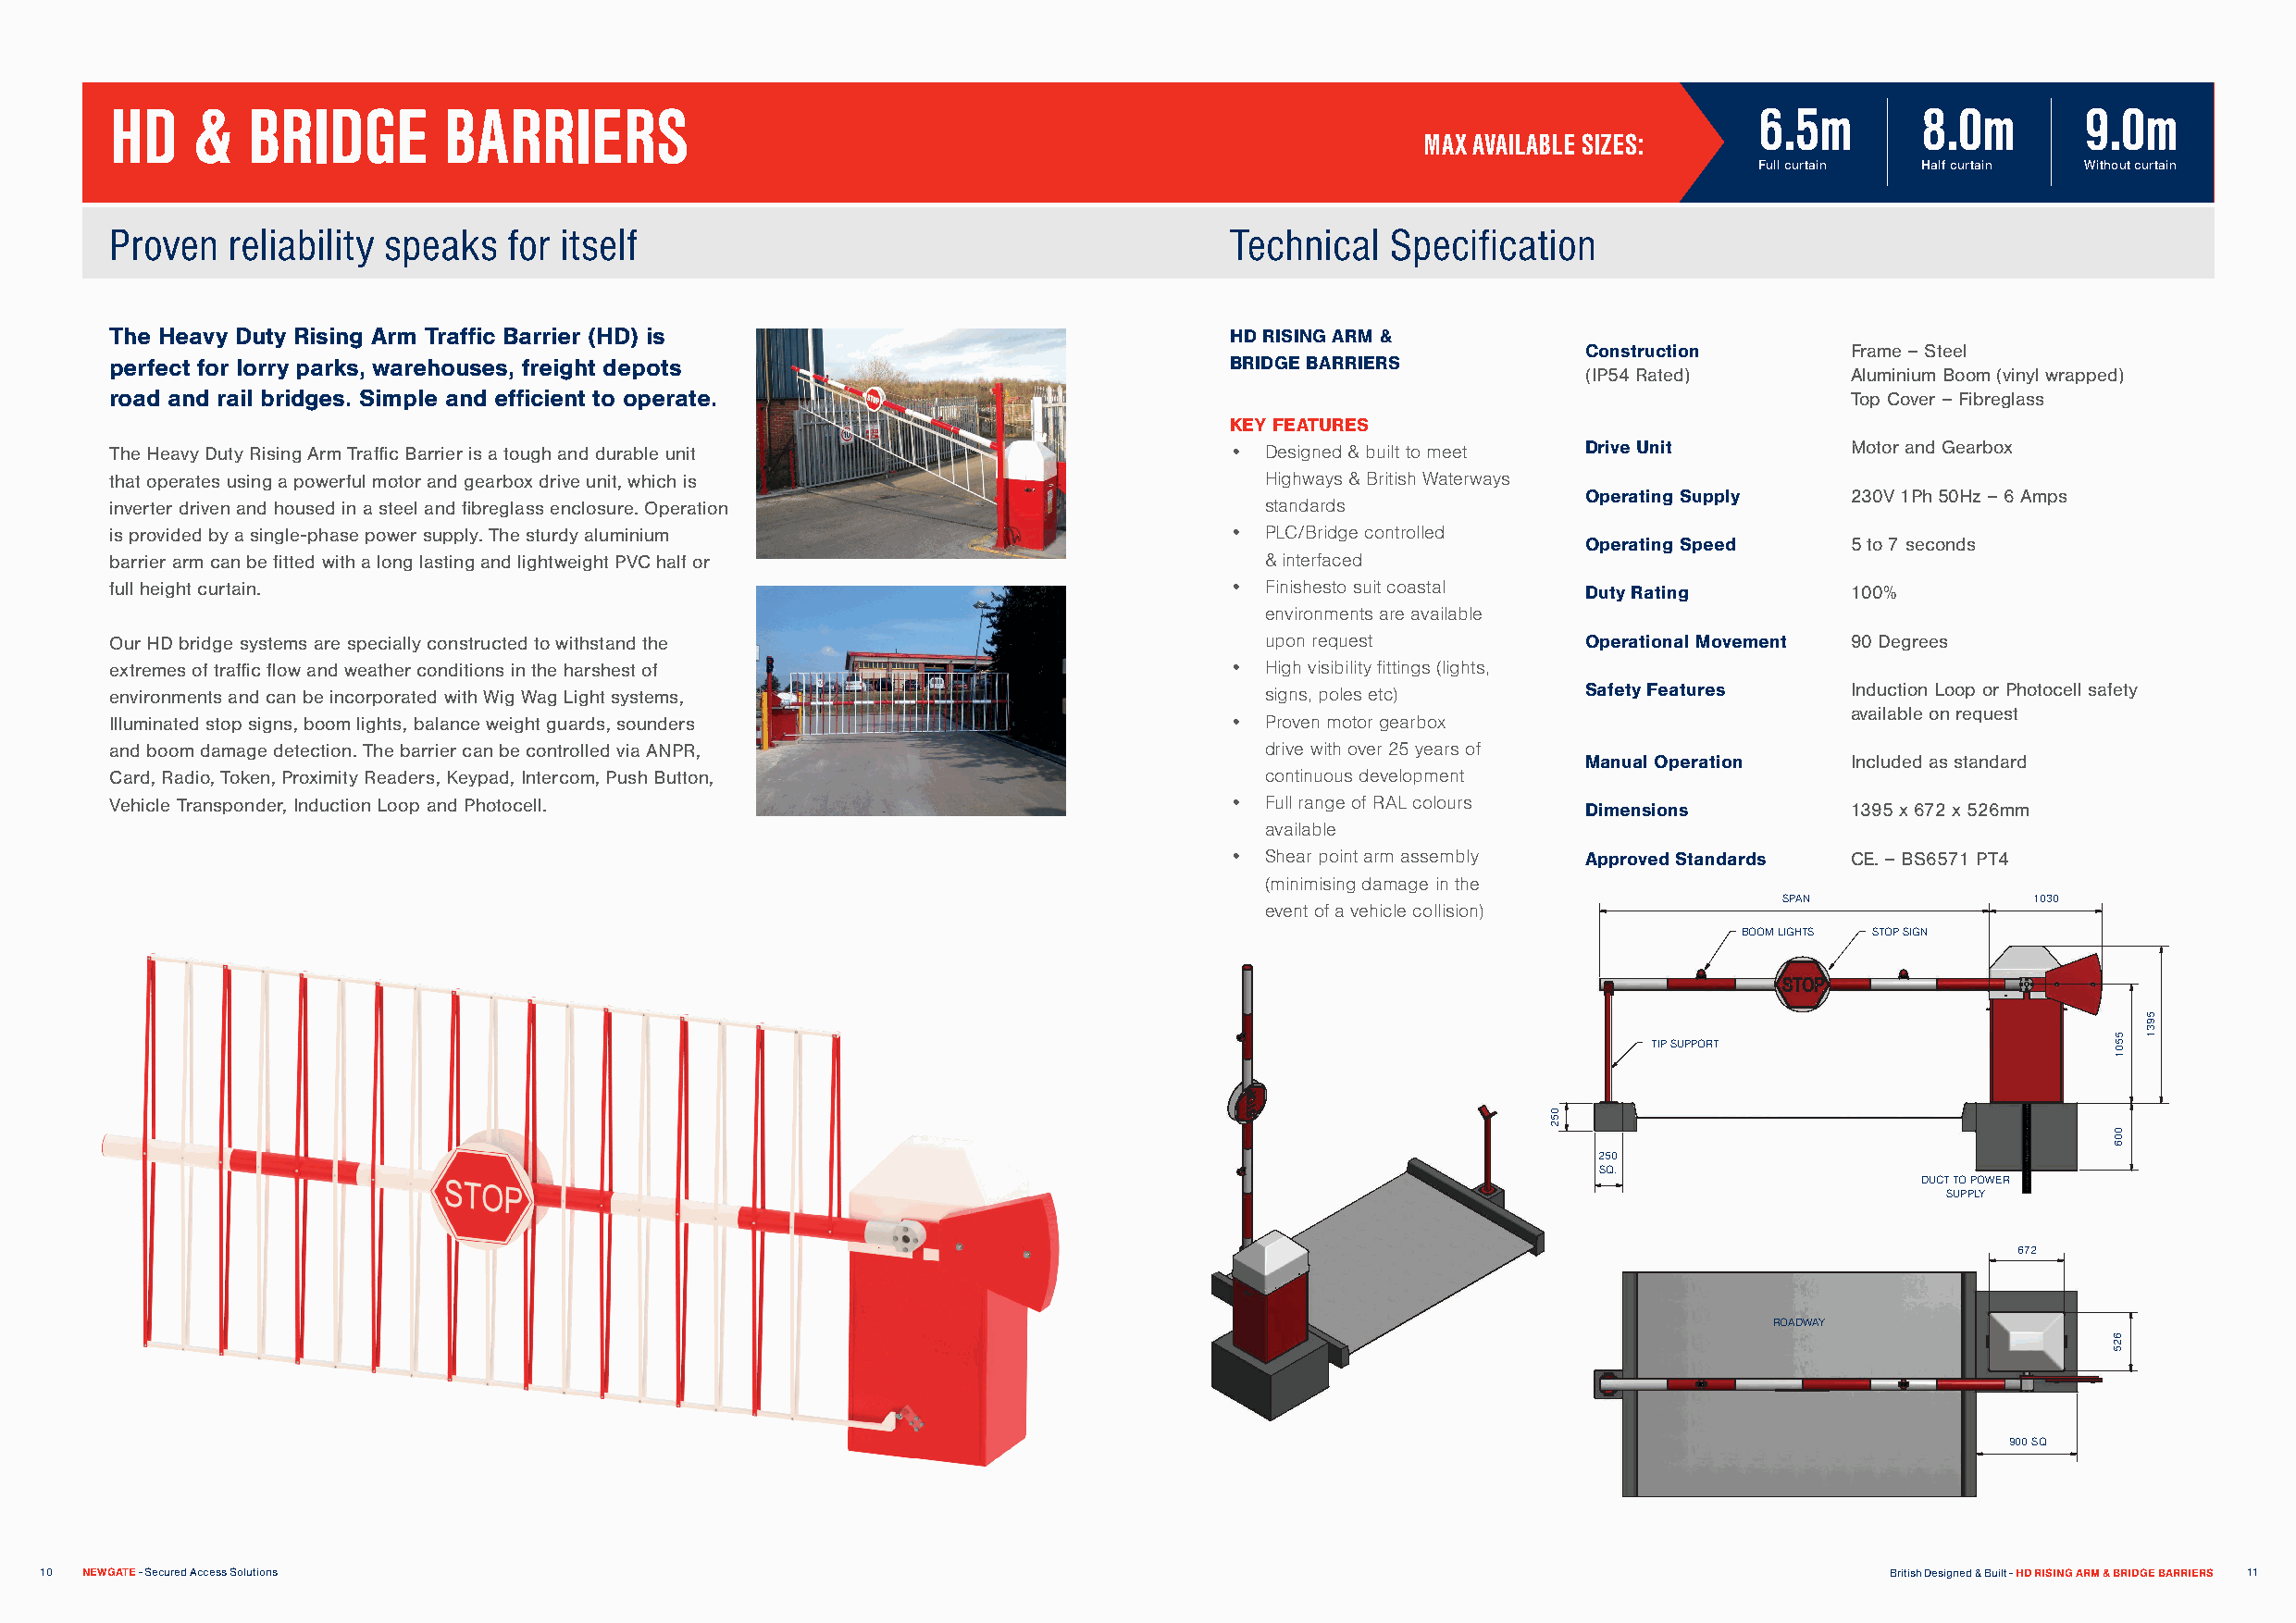
HD    &   BRIDGE        BARRIERS                                                                                      6.5m       8.0m        9.0m
 MAX AVAILABLE SIZES:
 Full curtain Half curtain Without curtain
 Proven  reliability speaks  for itself                                          Technical  Specification
 The Heavy Duty Rising Arm Traffic Barrier (HD) is                               HD RISING ARM &
 Construction       Frame – Steel
 perfect for lorry parks, warehouses, freight depots                             BRIDGE BARRIERS
 (IP54 Rated)       Aluminium Boom (vinyl wrapped)
 road and rail bridges. Simple and efficient to operate.                                                                     Top Cover – Fibreglass
 KEY FEATURES
 The Heavy Duty Rising Arm Traffic Barrier is a tough and durable unit           • Designed & built to meet Drive Unit       Motor and Gearbox
 that operates using a powerful motor and gearbox drive unit, which is             Highways & British Waterways
 Operating Supply   230V 1Ph 50Hz – 6 Amps
 inverter driven and housed in a steel and fibreglass enclosure. Operation         standards
 is provided by a single-phase power supply. The sturdy aluminium                • PLC/Bridge controlled
 Operating Speed    5 to 7 seconds
 barrier arm can be fitted with a long lasting and lightweight PVC half or         & interfaced
 full height curtain.                                                            • Finishesto suit coastal Duty Rating       100%
 environments are available
 Our HD bridge systems are specially constructed to withstand the                  upon request           Operational Movement 90 Degrees
 extremes of traffic flow and weather conditions in the harshest of              • High visibility fittings (lights,
 environments and can be incorporated with Wig Wag Light systems,                  signs, poles etc)      Safety Features    Induction Loop or Photocell safety
 available on request
 Illuminated stop signs, boom lights, balance weight guards, sounders            • Proven motor gearbox
 and boom damage detection. The barrier can be controlled via ANPR,                drive with over 25 years of
 Manual Operation   Included as standard
 Card, Radio, Token, Proximity Readers, Keypad, Intercom, Push Button,             continuous development
 Vehicle Transponder, Induction Loop and Photocell.                              • Full range of RAL colours Dimensions      1395 x 672 x 526mm
 available
 • Shear point arm assembly Approved Standards CE. – BS6571 PT4
 (minimising damage in the
 SPAN             1030
 event of a vehicle collision)
 BOOM LIGHTS STOP SIGN
 TIP SUPPORT
 250
 SQ.
 DUCT TO POWER
 SUPPLY
 672
 ROADWAY
 900 SQ
 10 NEWGATE - Secured Access Solutions                                                                                               British Designed & Built - HD RISING ARM & BRIDGE BARRIERS 11
 052
 5501
 006
 625
 5931